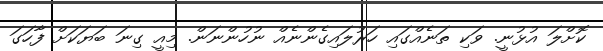
ކޮށްލަ އުޅުނީ. ވަކި ތަނެއްގައި ހަރުލައިގެންނެއް ނުހުންނަން. މިއީ ގިނަ ބަޔަކަށް ފާހަގަ